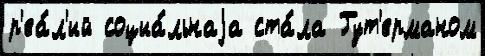
р'еа́л'ий социа́льнаjа ста́ла Гут'ерманом